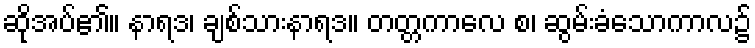
ဆိုအပ်၏။ နာရဒ၊ ချစ်သားနာရဒ။ တတ္တကာလေ စ၊ ဆွမ်းခံသောကာလ၌